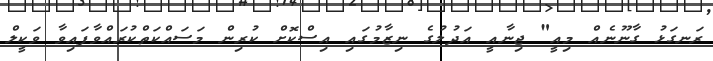
ރަނގަޅު ގާނޫނެއް މިއީ" ޖިނާއީ އަދުލުގެ ނިޒާމުގައި އިސްކޮށް ކުރިން މަސައްކަތްކުރައްވާފައިވާ ވަކީލް